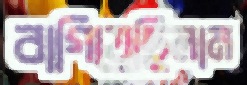
বাগিয়েছিলাম